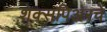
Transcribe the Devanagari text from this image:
शेक्सपिअरचे